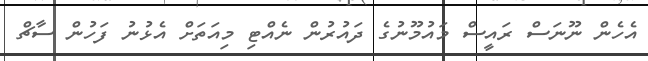
އެހެން ނޫނަސް ރައީސް މައުމޫނުގެ ދައުރުން ނެއްޓި މިއަތަށް އެޅުނު ފަހުން ސާޗް